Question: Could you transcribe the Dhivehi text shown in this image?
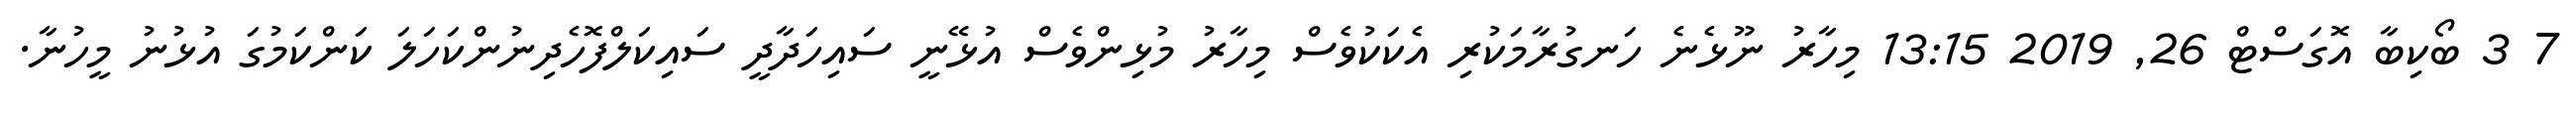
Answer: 7 3 ބޯކިބާ އޮގަސްޓް 26, 2019 13:15 މިހާރު ނޫޅެނެ ހަނގުރާމަކުރި އެކަކުވެސް މިހާރު މުޅިންވެސް އުޅޭނީ ސައިހަދާދީ ސައިކަލްފޮހެދިނުންކަހަލަ ކަންކަމުގަ އުޅުނު މީހުނާ.